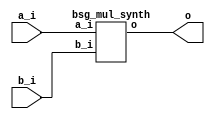


module top
(
  a_i,
  b_i,
  o
);

  input [63:0] a_i;
  input [63:0] b_i;
  output [127:0] o;

  bsg_mul_synth
  wrapper
  (
    .a_i(a_i),
    .b_i(b_i),
    .o(o)
  );


endmodule



module bsg_mul_synth
(
  a_i,
  b_i,
  o
);

  input [63:0] a_i;
  input [63:0] b_i;
  output [127:0] o;
  wire [127:0] o;
  assign o = a_i * b_i;

endmodule